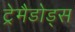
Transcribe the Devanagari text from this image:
ट्रेमैडोड्स